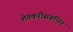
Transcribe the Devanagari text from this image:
शेतकरीसंबंधित